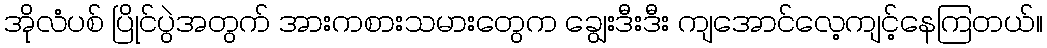
အိုလံပစ် ပြိုင်ပွဲအတွက် အားကစားသမားတွေက ချွေးဒီးဒီး ကျအောင်လေ့ကျင့်နေကြတယ်။